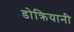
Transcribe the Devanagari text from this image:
डोक्रियानी